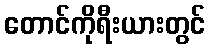
တောင်ကိုရီးယားတွင်